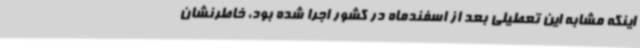
اینکه مشابه این تعطیلی بعد از اسفندماه در کشور اجرا شده بود، خاطرنشان